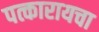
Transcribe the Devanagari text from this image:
पत्कारायचा